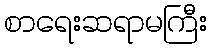
စာရေးဆရာမကြီး